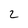
Character: 2